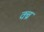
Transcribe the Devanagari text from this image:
क्ब्र